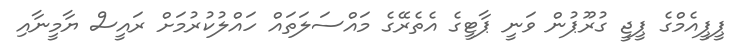
ޕީޕީއެމްގެ ޕީޖީ ގުރޫޕުން ވަނީ ޕާޓީގެ އެތެރޭގެ މައްސަލަތައް ހައްލުކުރުމަށް ރައީސް ޔާމީނާއި